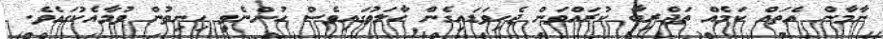
ނާމާން އެތައް ކަމެއް ތަޖްރިބާ ކުރައްވަން ޖެހިވަޑައިގެން ޙާލަތުގައިވެސް ހުންނެވީ ހިނިތުން ވުމާއެކުގައެވެ.